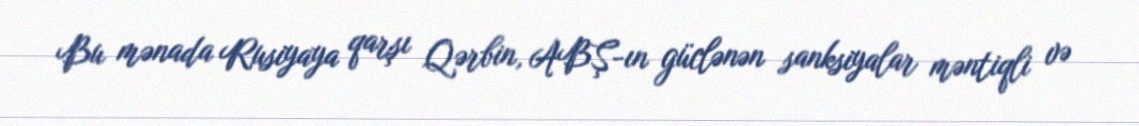
Bu mənada Rusiyaya qarşı Qərbin, ABŞ-ın güclənən sanksiyalar məntiqli və